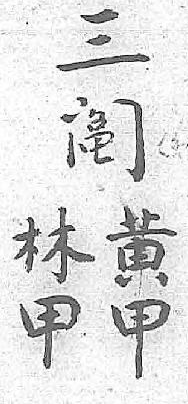
三黄林阄甲甲